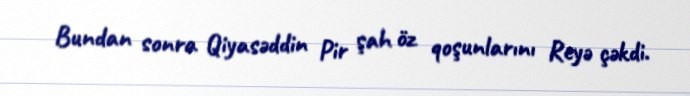
Bundan sonra Qiyasəddin Pir şah öz qoşunlarını Reyə çəkdi.